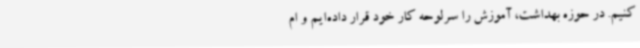
‌کنیم. در حوزه بهداشت، آموزش را سرلوحه کار خود قرار داده‌ایم و ام